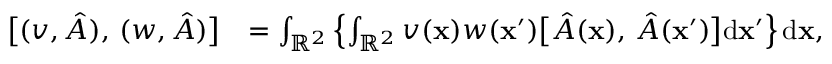
\begin{array} { r l } { \bigl [ ( v , \hat { A } ) , \, ( w , \hat { A } ) \bigr ] } & { = \int _ { \mathbb { R } ^ { 2 } } \left\{ \int _ { \mathbb { R } ^ { 2 } } v ( \mathbf { x } ) w ( \mathbf { x } ^ { \prime } ) \bigl [ \hat { A } ( \mathbf { x } ) , \, \hat { A } ( \mathbf { x } ^ { \prime } ) \bigr ] \mathrm { d } \mathbf { x } ^ { \prime } \right\} \mathrm { d } \mathbf { x } , } \end{array}